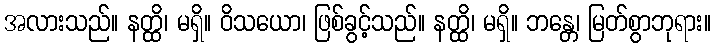
အလားသည်။ နတ္ထိ၊ မရှိ။ ဝိသယော၊ ဖြစ်ခွင့်သည်။ နတ္ထိ၊ မရှိ။ ဘန္တေ၊ မြတ်စွာဘုရား။